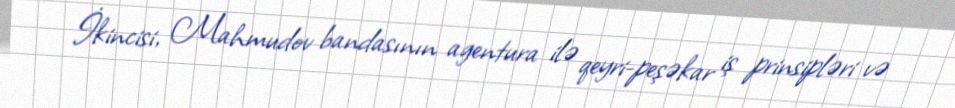
İkincisi, Mahmudov bandasının agentura ilə qeyri-peşəkar iş prinsipləri və